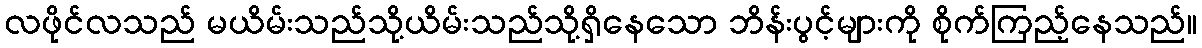
လဖိုင်လသည် မယိမ်းသည်သို့ယိမ်းသည်သို့ရှိနေသော ဘိန်းပွင့်များကို စိုက်ကြည့်နေသည်။